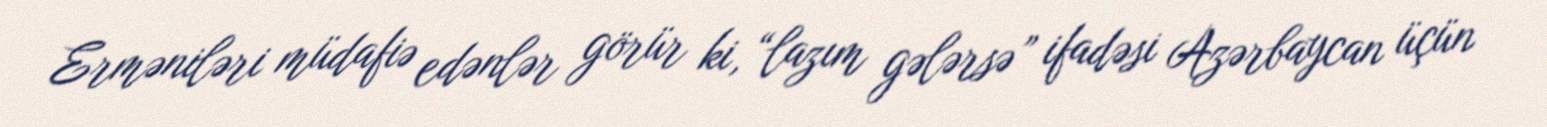
Erməniləri müdafiə edənlər görür ki, “lazım gələrsə” ifadəsi Azərbaycan üçün